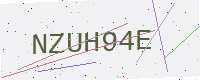
Text: NZUH94E